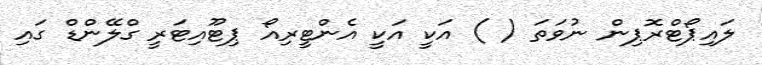
ލައިޕޯޓްރޮޕިން ނުވަތަ ( ) އަކީ އަކީ އެންޓީރިއޯ ޕިޓޫއިޓަރީ ގްލޭންޑް ގައި